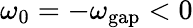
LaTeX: \omega_{0}=-\omega_{\mathrm{gap}}<0